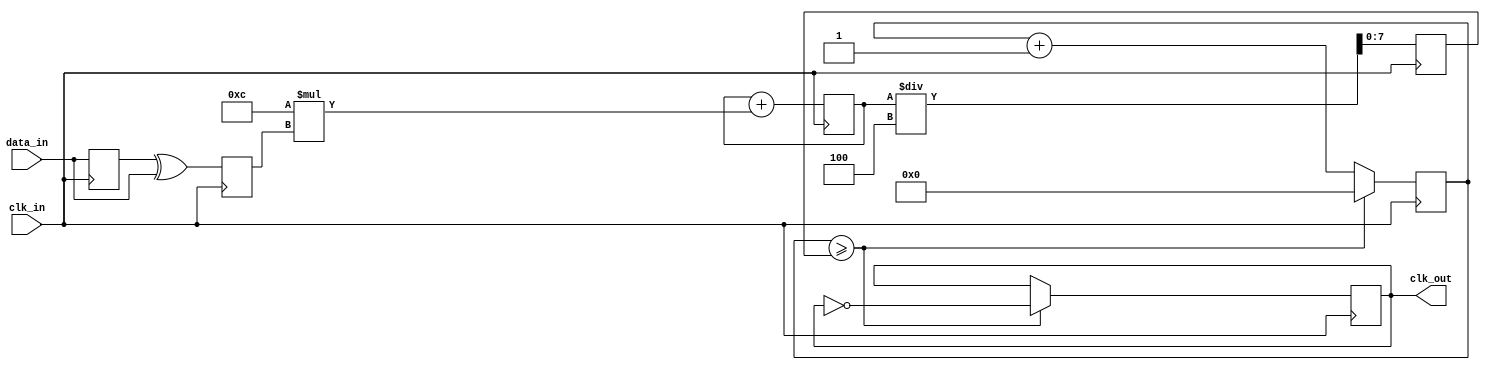
module clock_recovery_pll (
    input wire clk_in,         // Incoming data clock
    input wire data_in,        // Incoming data signal
    output wire clk_out        // Recovered clock output
);

// Parameters for tuning
parameter DIV_FACTOR = 4;     // VCO output frequency division factor
parameter LF_ALPHA = 8'h0C;    // Loop filter gain, adjust as needed

// Phase Detector (PD)
reg sync_data_ff;
reg phase_error;
always @(posedge clk_in) begin
    sync_data_ff <= data_in; // Synchronize data to clock
    phase_error <= sync_data_ff ^ data_in; // XOR for phase error
end

// Loop Filter (LF)
reg [7:0] filter_out;
always @(posedge clk_in) begin
    filter_out <= filter_out + LF_ALPHA * phase_error; // Simple proportional filter
end

// Voltage-Controlled Oscillator (VCO)
reg [7:0] vco_out; // VCO output as a frequency control
always @(posedge clk_in) begin
    // Scale the clock based on the loop filter output
    vco_out <= filter_out / DIV_FACTOR;
end

// Divide VCO output to generate clk_out
reg [7:0] div_counter;
always @(posedge clk_in) begin
    if (div_counter >= vco_out) begin
        div_counter <= 8'b0;
        clk_out <= ~clk_out; // Toggle clk_out for recovered clock
    end else begin
        div_counter <= div_counter + 1;
    end
end

endmodule